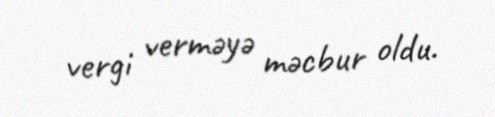
vergi verməyə məcbur oldu.